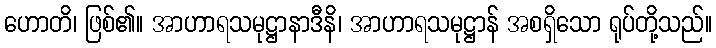
ဟောတိ၊ ဖြစ်၏။ အာဟာရသမုဋ္ဌာနာဒီနိ၊ အာဟာရသမုဋ္ဌာန် အစရှိသော ရုပ်တို့သည်။